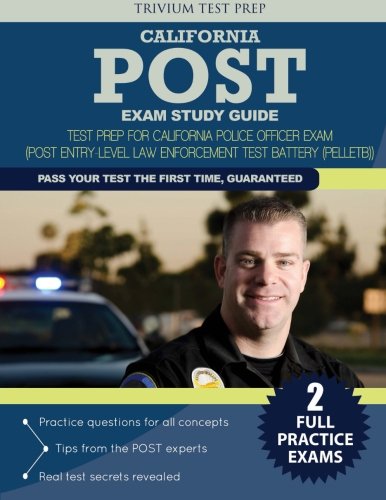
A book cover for California POST Exam Study Guide: Test Prep for California Police Officer Exam (Post Entry-Level Law Enforcement Test Battery (PELLETB)); Trivium Test Prep; Test Preparation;